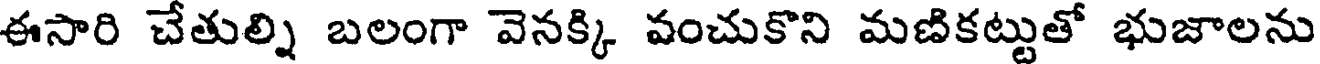
ఈసారి చేతుల్ని బలంగా వెనక్కి వంచుకొని మణికట్టుతో భుజాలను